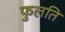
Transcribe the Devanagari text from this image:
फुलति